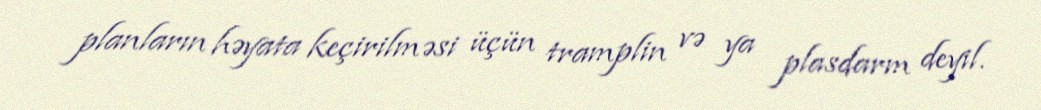
planların həyata keçirilməsi üçün tramplin və ya plasdarm deyil.